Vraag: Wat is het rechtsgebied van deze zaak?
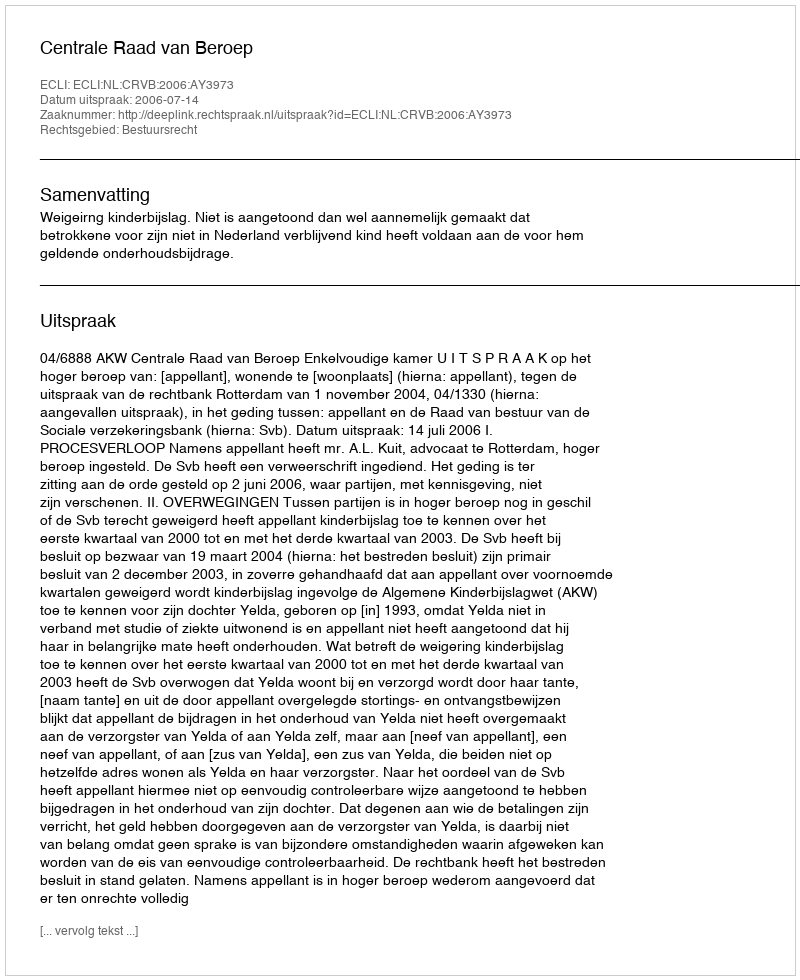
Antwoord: Bestuursrecht